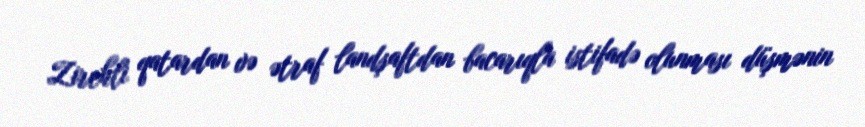
Zirehli qatardan və ətraf landşaftdan bacarıqla istifadə olunması düşmənin